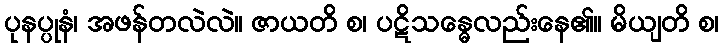
ပုနပ္ပုနံ၊ အဖန်တလဲလဲ။ ဇာယတိ စ၊ ပဋိသန္ဓေလည်းနေ၏။ မိယျတိ စ၊